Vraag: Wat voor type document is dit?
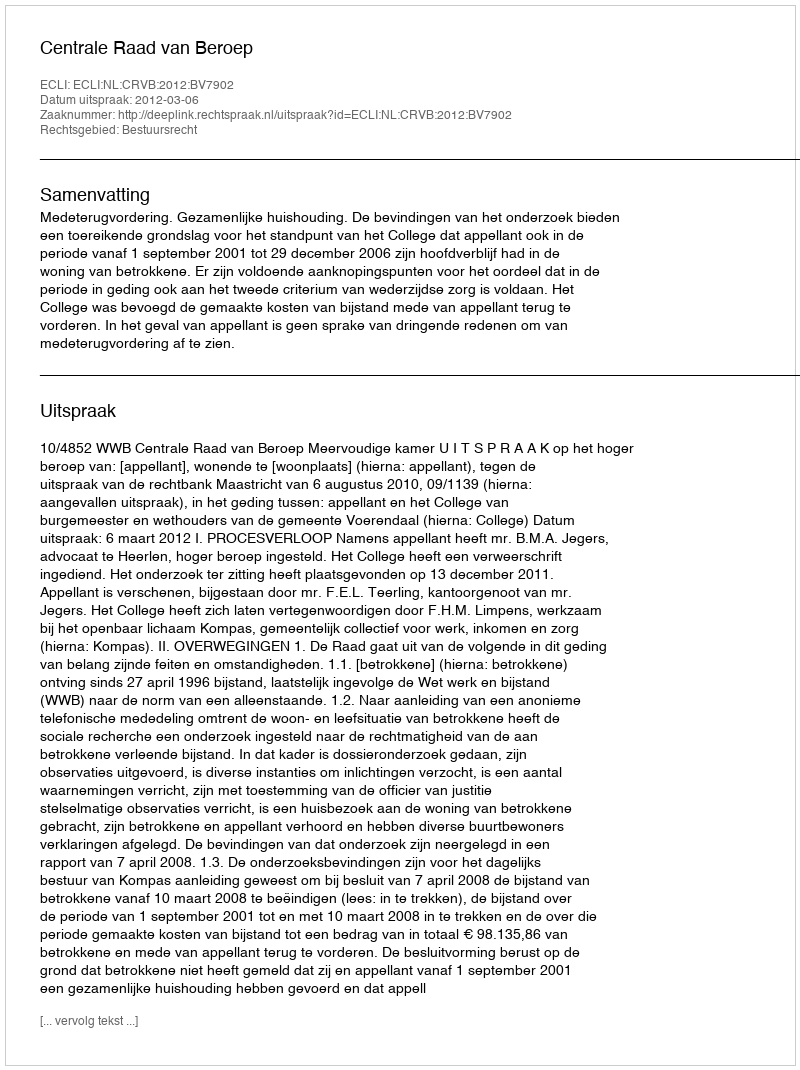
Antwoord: Uitspraak